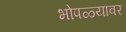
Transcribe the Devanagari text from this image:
भोपळ्यावर